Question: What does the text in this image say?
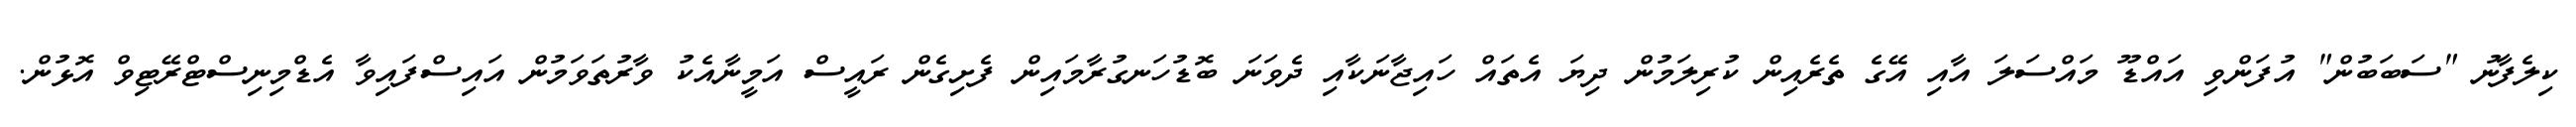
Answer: ކިލެފާނު "ސަބަބުން" އުފަންވި އައްޑޫ މައްސަލަ އާއި އޭގެ ތެރެއިން ކުރިލަމުން ދިޔަ އެތައް ހައިޖާނަކާއި ދެވަނަ ބޮޑުހަނގުރާމައިން ފެށިގެން ރައީސް އަމީނާއެކު ވާރުތަވަމުން އައިސްފައިވާ އެޑްމިނިސްޓްރޭޓިވް އޮޅުން.